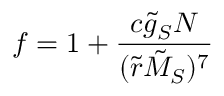
f = 1 + { \frac { c \tilde { g } _ { S } N } { ( \tilde { r } \tilde { M } _ { S } ) ^ { 7 } } }